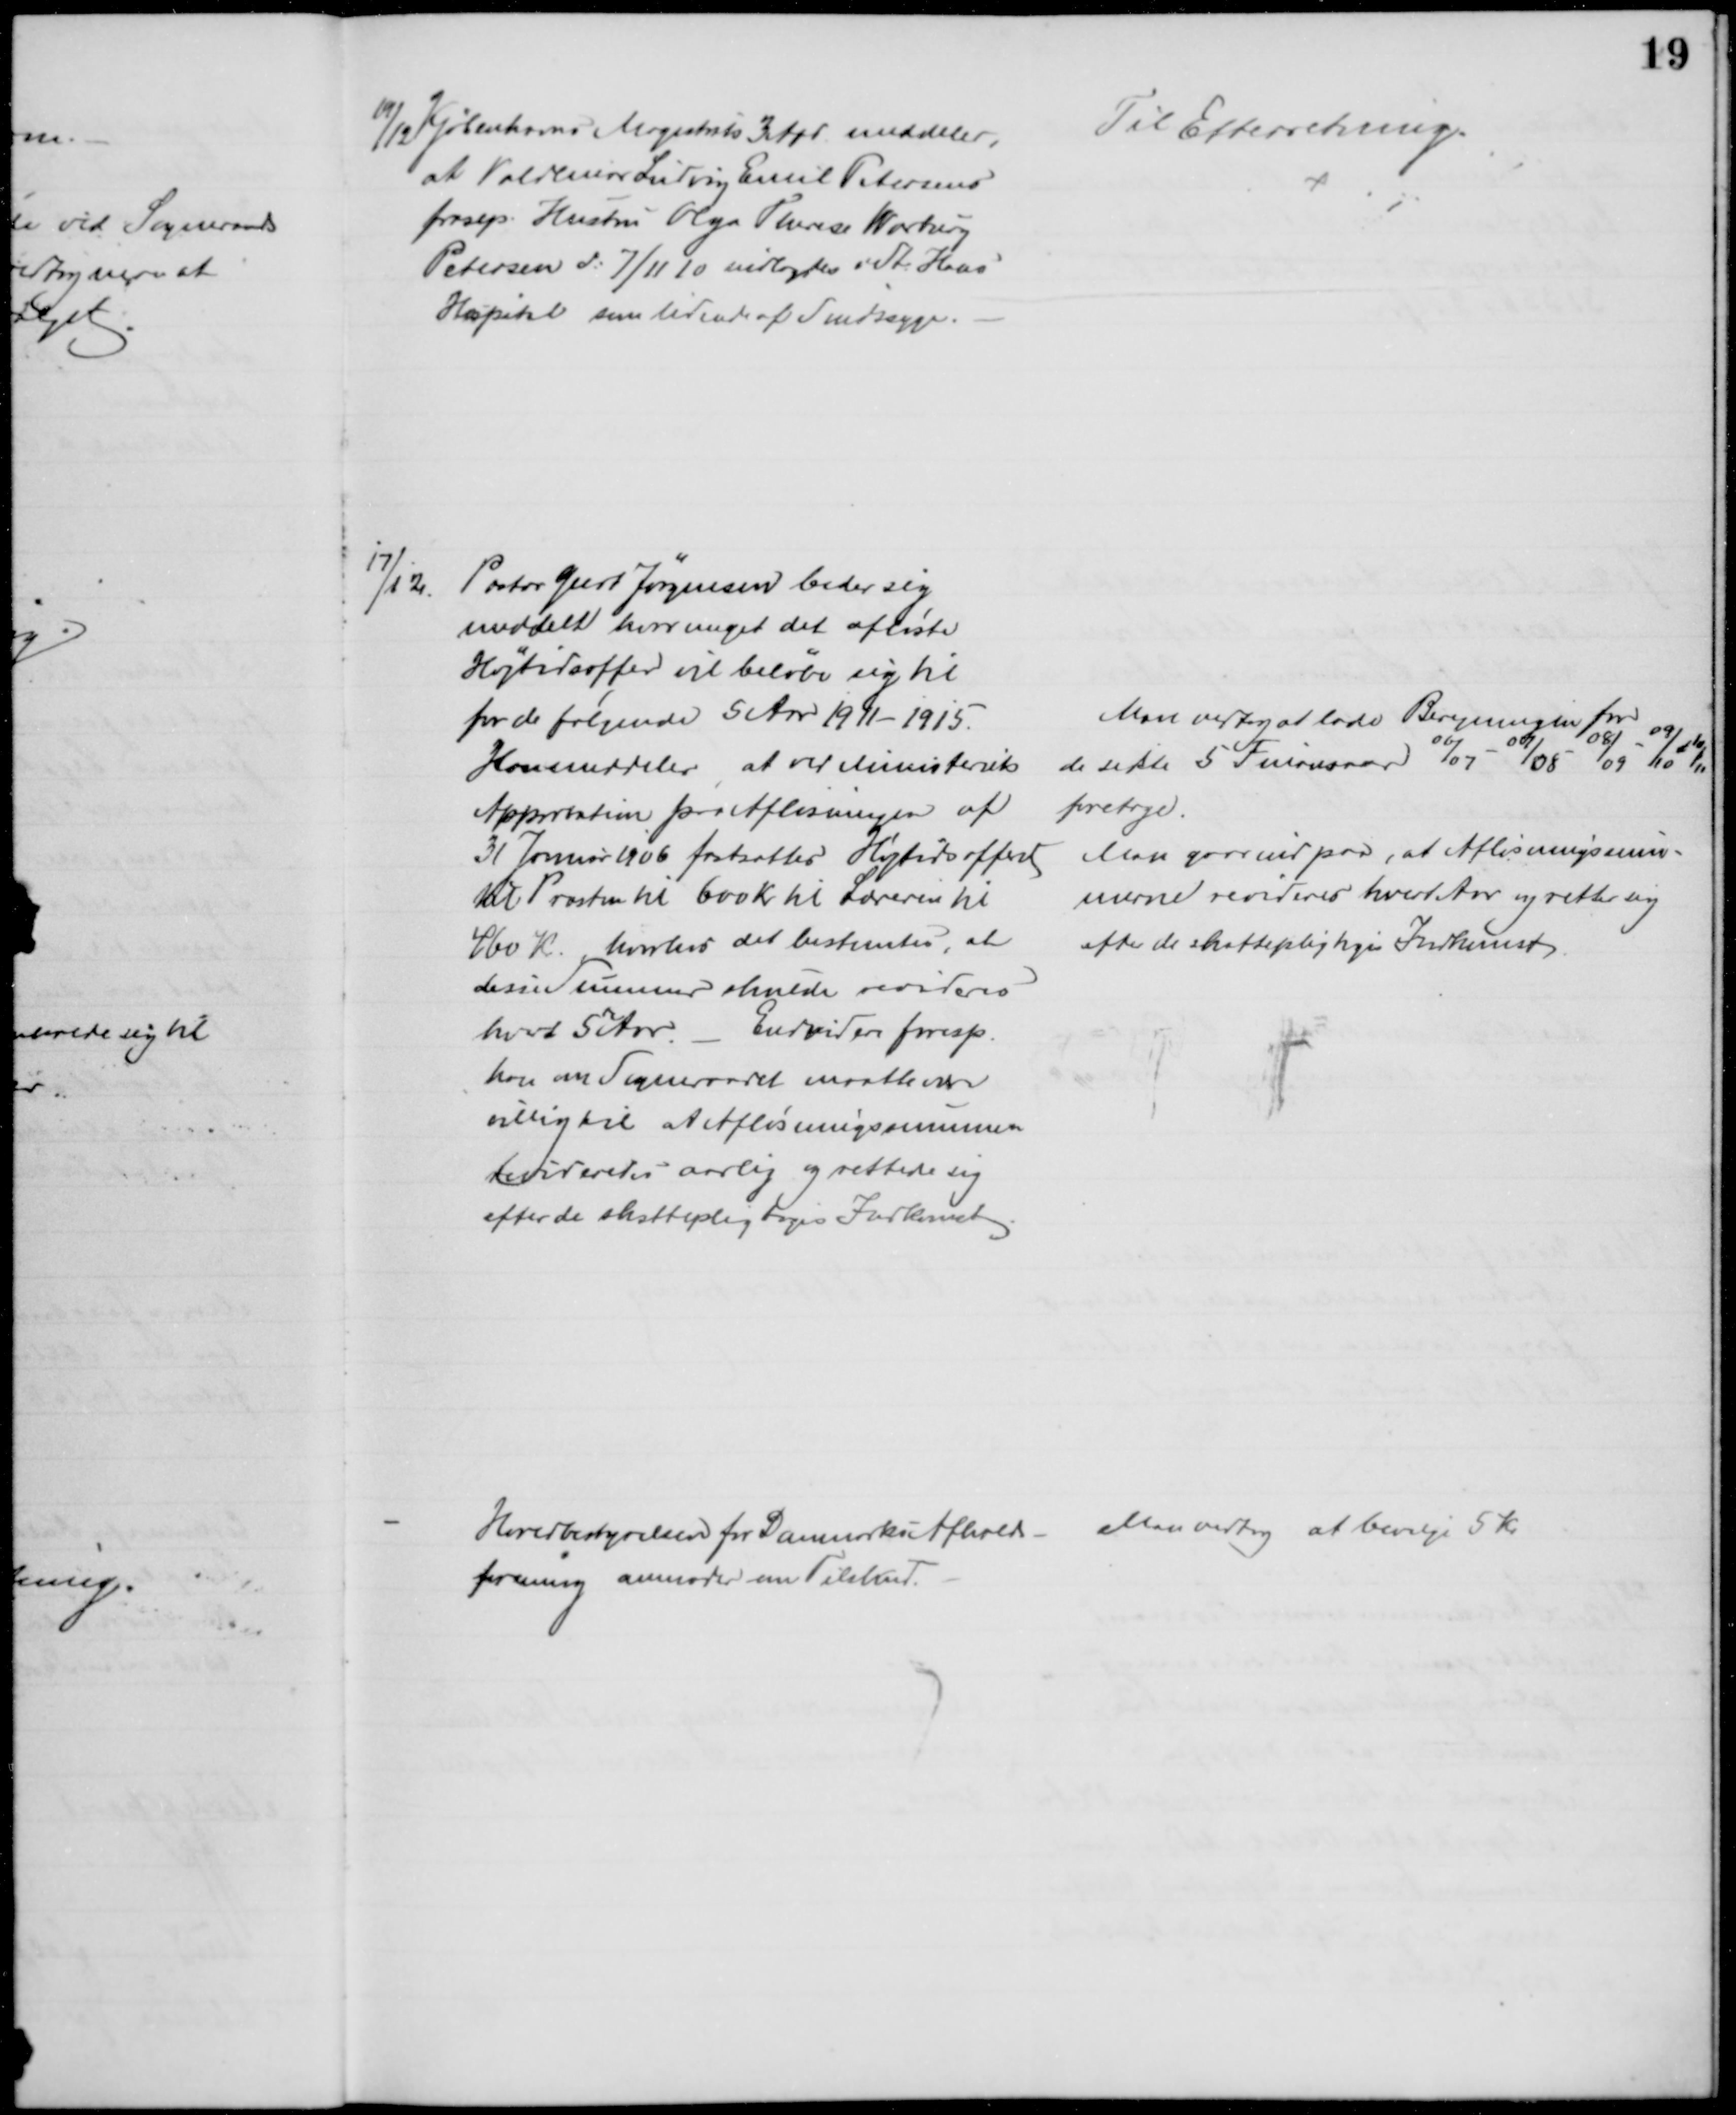
Transskription:
19/12 Kjøbenhavns Magistrats 3 Afd meddeler,
at Valdemar Ludvig Emil Petersens
frasep. Hustru Olga Therese Warburg
Petersen d. 7/11 10 indlagdes i St. Hans
Hospital som lidende af Sindssyge.
Til Efterretning.
17/12.
Pastor Geert Jørgensen beder sig
meddelt hvor meget det afløste
Højtidsoffer vil beløbe sig til 
for de følgende 5 Aar 1911 - 1915.
Han meddeler, at ved Ministeriets
Approbation paa Afløsningen af
31 Januar 1906 fastsattes Højtidsofferet
til Præsten til 600 Kr. til Læreren til
460 Kr., hvorhos det bestemtes, at
disse Summer skulde revideres
hvor 5te Aar.
Endvidere foresp.
han om Sogneraadet maatte se
villig til at Afløsningssummen
revideredes aarlig og rettede sig
efter de skattepligtiges Indkomst
Man vedtog at lade Beregningen for
de sidste 5 Finansaar 06/07 - 07/08 - 08/09 - 09/10 - 10/11
foretage.
Man gaar ind paa, at Afløsningssum-
merne revideres hvert Aar og retter sig
efter de skattepligtiges Indkomst.
Hovedbestyrelsen for Danmarks Afholds-
forening anmoder om Tilskud.
Man vedtog at bevilge 5 Kr.